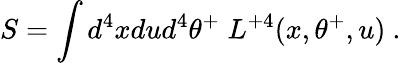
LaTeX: S=\int d^{4}xdud^{4}\theta^{+}\; L^{+4}(x,\theta^{+},u)\ .